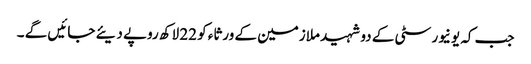
جب کہ یونیورسٹی کے دو شہید ملازمین کے ورثاء کو 22 لاکھ روپے دیئے جائیں گے ۔